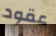
عقود